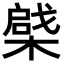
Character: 𣙅